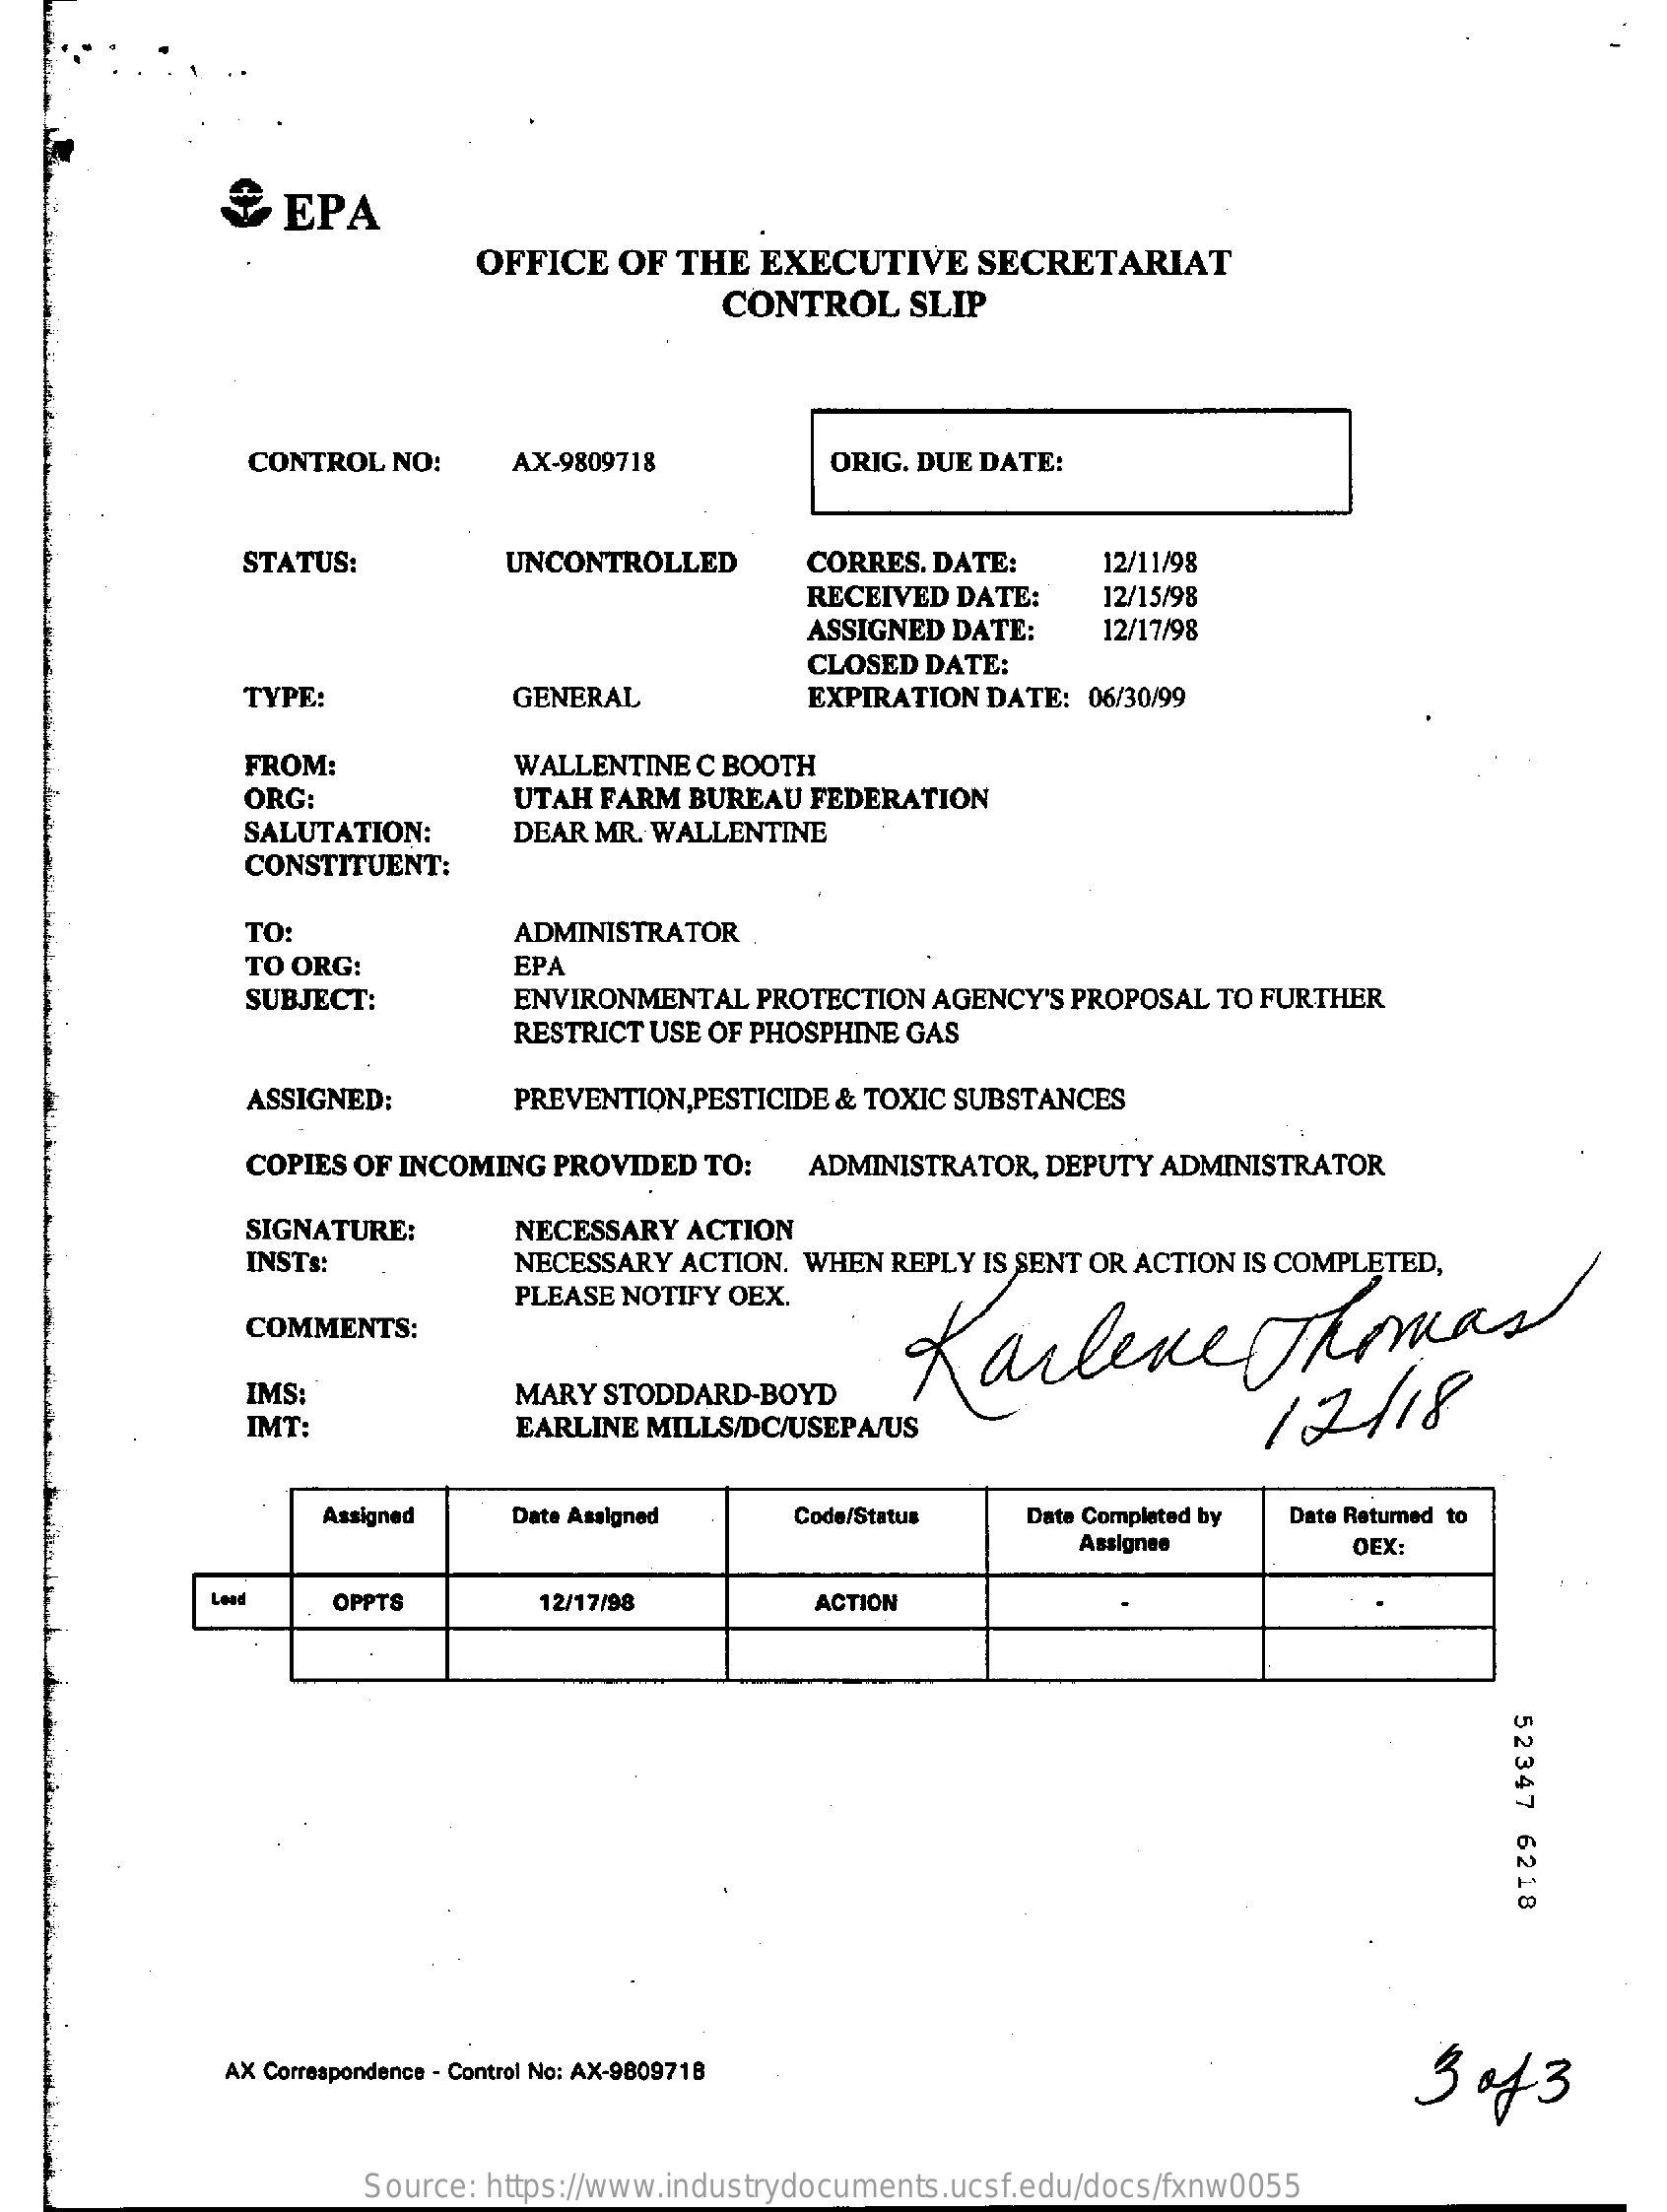
&  EPA
     OFFICE  OF THE EXECUTIVE   SECRETARIAT
     CONTROL   SLIP
     CONTROL NO:   AX-9809718    ORIG. DUE DATE:
     STATUS:    UNCONTROLLED    CORRES. DATE:  12/11/98
     RECEIVED DATE: 12/15/98
     ASSIGNED DATE: 12/17/98
     CLOSED DATE:
     TYPE:    GENERAL    EXPIRATION DATE: 06/30/99
     FROM:    WALLENTINE C BOOTH
     ORG:    UTAH FARM BUREAU FEDERATION
     SALUTATION:
     CONSTITUENT:
     DEAR MR. WALLENTINE
     TO:    ADMINISTRATOR
     TO ORG:    EPA
     SUBJECT:    ENVIRONMENTAL PROTECTION AGENCY'S PROPOSAL TO FURTHER
     RESTRICT USE OF PHOSPHINE GAS
     ASSIGNED:    PREVENTION, PESTICIDE & TOXIC SUBSTANCES
     COPIES OF INCOMING PROVIDED TO: ADMINISTRATOR, DEPUTY ADMINISTRATOR
     SIGNATURE:    NECESSARY ACTION
     INSTs:    NECESSARY ACTION. WHEN REPLY IS SENT OR ACTION IS COMPLETED,
     PLEASE NOTIFY OEX.
     COMMENTS:    KarleneThomas
     IMS:    MARY STODDARD-BOYD
     IMT:    EARLINE MILLS/DC/USEPA/US
     12/18
     Assigned  Date Asalgned  Code/Status Date Completed by
     Assignee
     Date Returned to
     OEX
     Lead   OPPTS    12/17/98    ACTION
     52347
     6218
     AX Correspondence - Control No: AX-9809718    3  of 3
     Source: https://www.industrydocuments.ucsf.edu/docs/fxnw0055